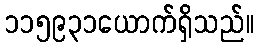
၁၁၅၉၃၁ယောက်ရှိသည်။